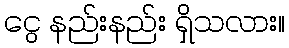
ငွေ နည်းနည်း ရှိသလား။